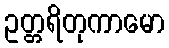
ဥတ္တရိတုကာမော